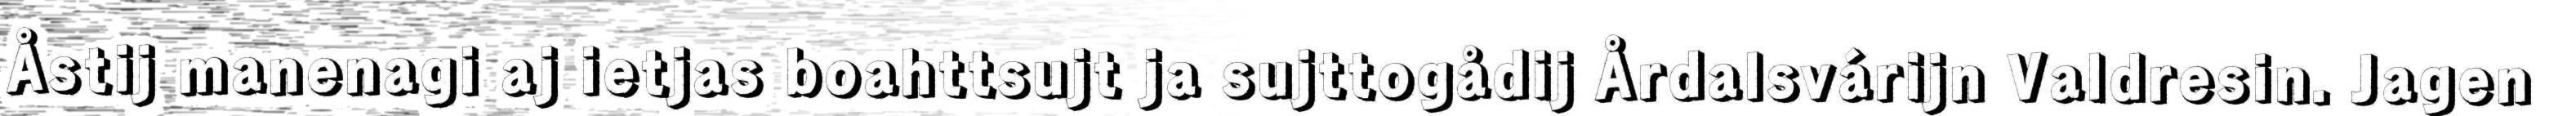
Åstij manenagi aj ietjas boahttsujt ja sujttogådij Årdalsvárijn Valdresin. Jagen